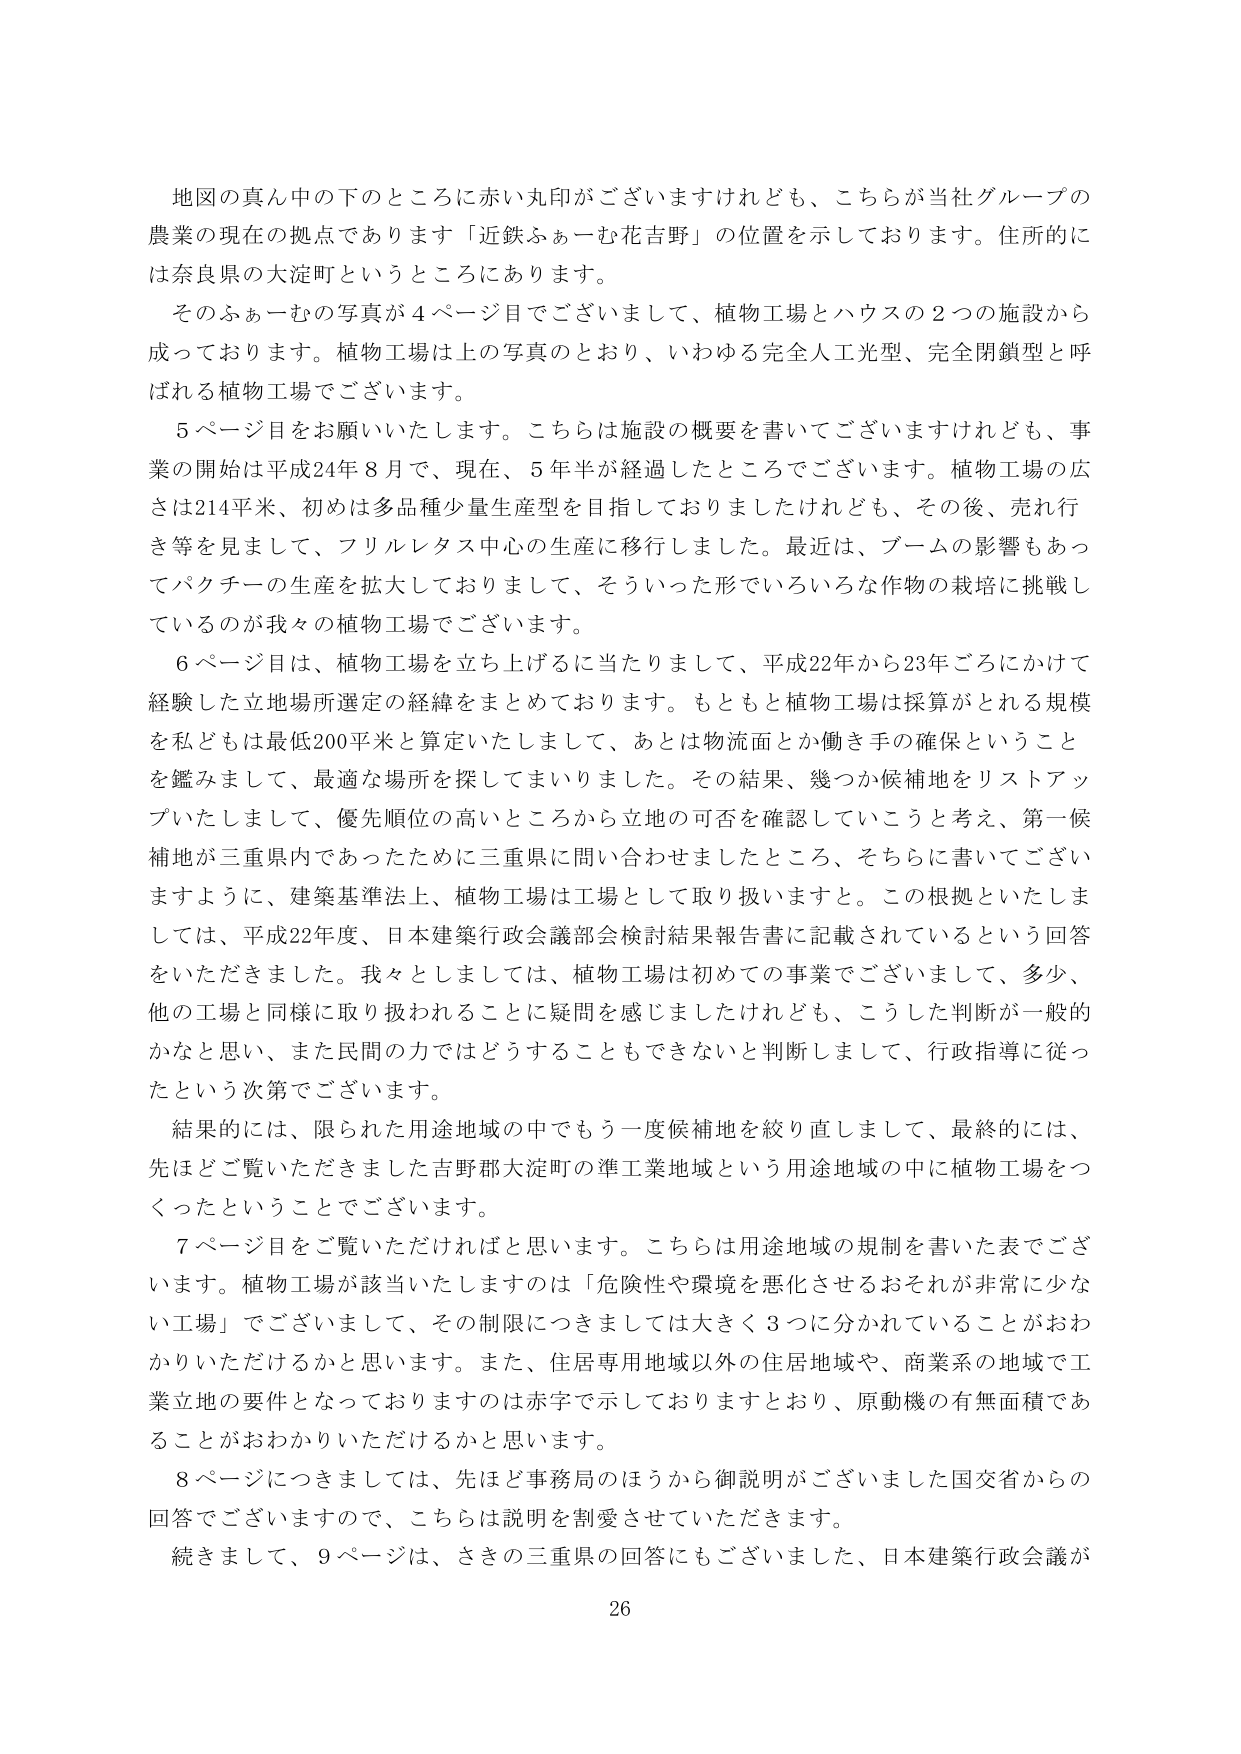
地図の真ん中の下のところに赤い丸印がございますけれども、こちらが当社グループの
農業の現在の拠点であります「近鉄ふぁーむ花吉野」の位置を示しております。住所的に
は奈良県の大淀町というところにあります。
そのふぁーむの写真が４ページ目でございまして、植物工場とハウスの２つの施設から
成っております。植物工場は上の写真のとおり、いわゆる完全人工光型、完全閉鎖型と呼
ばれる植物工場でございます。
５ページ目をお願いいたします。こちらは施設の概要を書いてございますけれども、事
業の開始は平成24年８月で、現在、５年半が経過したところでございます。植物工場の広
さは214平米、初めは多品種少量生産型を目指しておりましたけれども、その後、売れ行
き等を見まして、フリルレタス中心の生産に移行しました。最近は、ブームの影響もあっ
てパクチーの生産を拡大しておりまして、そういった形でいろいろな作物の栽培に挑戦し
ているのが我々の植物工場でございます。
６ページ目は、植物工場を立ち上げるに当たりまして、平成22年から23年ごろにかけて
経験した立地場所選定の経緯をまとめております。もともと植物工場は採算がとれる規模
を私どもは最低200平米と算定いたしまして、あとは物流面とか働き手の確保ということ
を鑑みまして、最適な場所を探してまいりました。その結果、幾つか候補地をリストアッ
プいたしまして、優先順位の高いところから立地の可否を確認していこうと考え、第一候
補地が三重県内であったために三重県に問い合わせましたところ、そちらに書いてござい
ますように、建築基準法上、植物工場は工場として取り扱いますと。この根拠といたしま
しては、平成22年度、日本建築行政会議部会検討結果報告書に記載されているという回答
をいただきました。我々としましては、植物工場は初めての事業でございまして、多少、
他の工場と同様に取り扱われることに疑問を感じましたけれども、こうした判断が一般的
かなと思い、また民間の力ではどうすることもできないと判断しまして、行政指導に従っ
たという次第でございます。
結果的には、限られた用途地域の中でもう一度候補地を絞り直しまして、最終的には、
先ほどご覧いただきました吉野郡大淀町の準工業地域という用途地域の中に植物工場をつ
くったということでございます。
７ページ目をご覧いただければと思います。こちらは用途地域の規制を書いた表でござ
います。植物工場が該当いたしますのは「危険性や環境を悪化させるおそれが非常に少な
い工場」でございまして、その制限につきましては大きく３つに分かれていることがおわ
かりいただけるかと思います。また、住居専用地域以外の住居地域や、商業系の地域で工
業立地の要件となっておりますのは赤字で示しておりますとおり、原動機の有無面積であ
ることがおわかりいただけるかと思います。
８ページにつきましては、先ほど事務局のほうから御説明がございました国交省からの
回答でございますので、こちらは説明を割愛させていただきます。
続きまして、９ページは、さきの三重県の回答にもございました、日本建築行政会議が
26